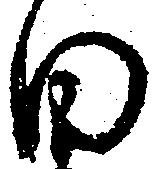
日